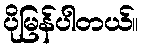
ပိုမြန်ပါတယ်။